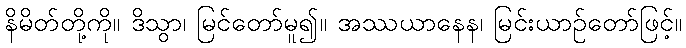
နိမိတ်တို့ကို။ ဒိသွာ၊ မြင်တော်မူ၍။ အဿယာနေန၊ မြင်းယာဉ်တော်ဖြင့်။